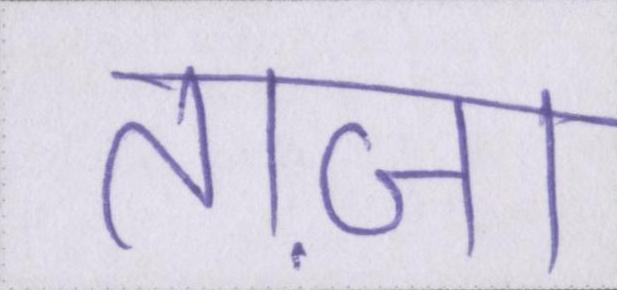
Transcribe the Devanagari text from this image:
ताज़ा